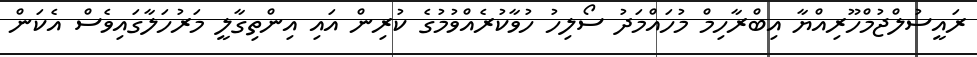
ރައީސުލްޖުމްހޫރިއްޔާ އިބްރާހިމް މުހައްމަދު ސޯލިހު ހުވާކުރެއްވުމުގެ ކުރިން އައި އިންތިގާލީ މަރުހަލާގައިވެސް އެކަން